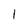
Character: 1